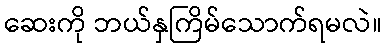
ဆေးကို ဘယ်နှကြိမ်သောက်ရမလဲ။